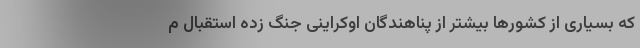
که بسیاری از کشورها بیشتر از پناهندگان اوکراینی جنگ زده استقبال م